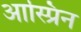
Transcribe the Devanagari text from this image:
आस्प्रिन